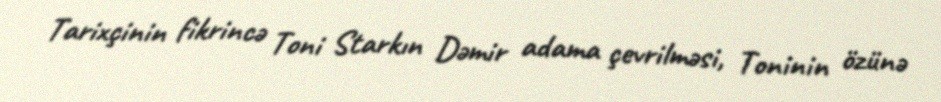
Tarixçinin fikrincə Toni Starkın Dəmir adama çevrilməsi, Toninin özünə